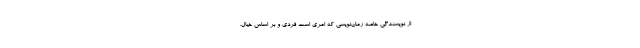
از نویسندگی خاصه رُمان‌نویسی که امری است فردی و بر اساس خیال. ---